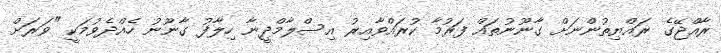
ރާއްޖޭގެ ރައްޔިތުންނަށް ގާނޫނުތައް ފަރުމާ ކުރައްވާއިރު އިސްލާމްދީނާ ހިލާފު ގާނޫނު ހެއްދެވުމަކީ "ވަރަށް